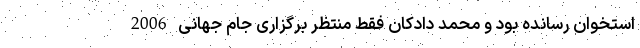
استخوان رسانده بود و محمد دادکان فقط منتظر برگزاری جام جهانی 2006